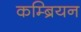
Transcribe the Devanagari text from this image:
कम्ब्रियन